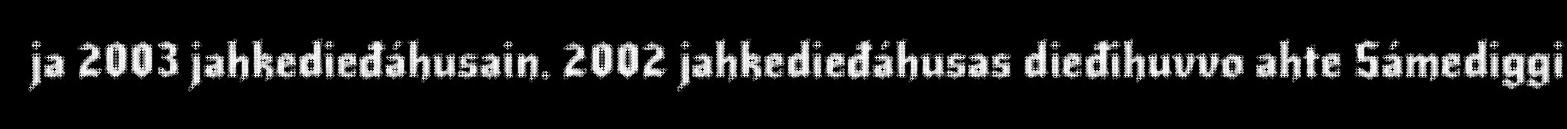
ja 2003 jahkedieđáhusain. 2002 jahkedieđáhusas dieđihuvvo ahte Sámediggi